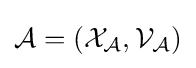
{\mathcal {A}}=({\mathcal {X_{\mathcal {A}}}},{\mathcal {V_{\mathcal {A}}}})